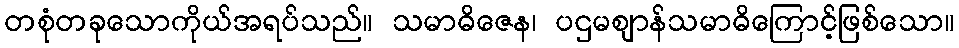
တစုံတခုသောကိုယ်အရပ်သည်။ သမာဓိဇေန၊ ပဌမဈာန်သမာဓိကြောင့်ဖြစ်သော။